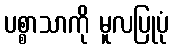
ပစ္စာသာကို မူလပြုပုံ